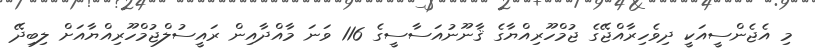
މި އެޖެންސީއަކީ ދިވެހިރާއްޖޭގެ ޖުމްހޫރިއްޔާގެ ޤާނޫނުއަސާސީގެ 116 ވަނަ މާއްދާއިން ރައީސުލްޖުމްހޫރިއްޔާއަށް ލިބިދޭ